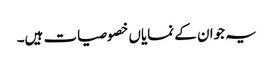
یہ جوان کے نمایاں خصوصیات ہیں۔